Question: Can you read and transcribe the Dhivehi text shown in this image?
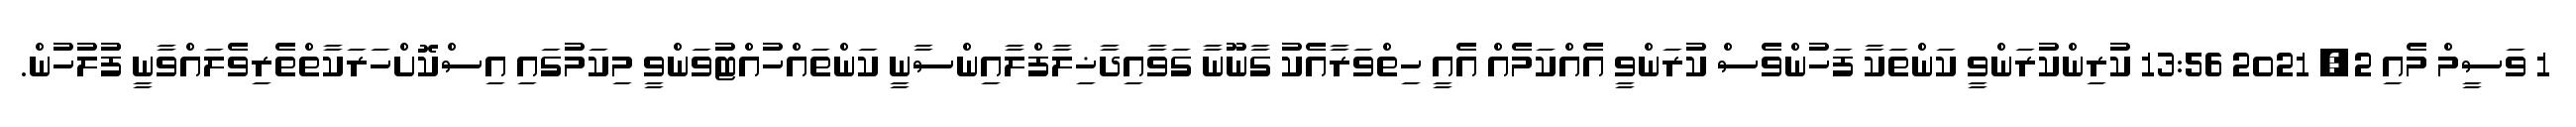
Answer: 1 ވަސީމް މެއި 2, 2021 13:56 ކުރިންކުރަންވީ ކަންތަކާ ފަހުންވެސް ކުރަންވީ އެއްކަމެއް އެއީ ހިތްވަރާއެކު ގާނޫނާ ގަވާއިދާޚިލާފްލާއިންސާނީ ކަންތައްހުއްޓުވަންވީ މިކަމުގައި އިސްކޮށްހަރަކާތްތެރިވެލައްވާނީ ފުުލުހުން.